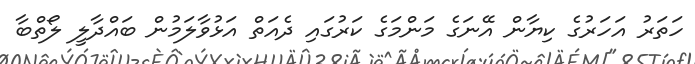
ހަތަރު އަހަރުގެ ކިޔާން އޭނަގެ މަންމަގެ ކަރުގައި ދެއަތް އަޅުވާލަމުން ބައްދާލީ ލޯތްބާ